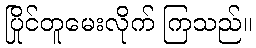
ပြိုင်တူမေးလိုက် ကြသည်။